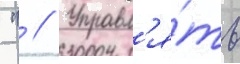
 " // Управл'я́ть